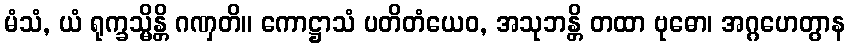
မံသံ, ယံ ရုက္ခသ္မိန္တိ ဂဏှတိ။ ကောဋ္ဌာသံ ပတိတံယေဝ, အသုဘန္တိ တထာ ဗုဓော၊ အဂ္ဂဟေတွာန